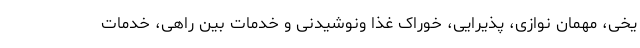
یخی، مهمان نوازی، پذیرایی، خوراک غذا ونوشیدنی و خدمات بین راهی، خدمات